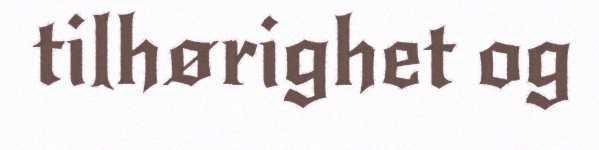
tilhørighet og